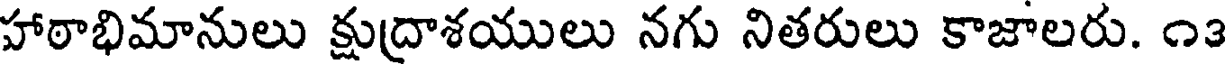
హాఠాభిమానులు క్షుద్రాశయులు నగు నితరులు కాజాలరు. ౧౩